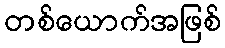
တစ်ယောက်အဖြစ်